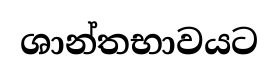
ශාන්තභාවයට